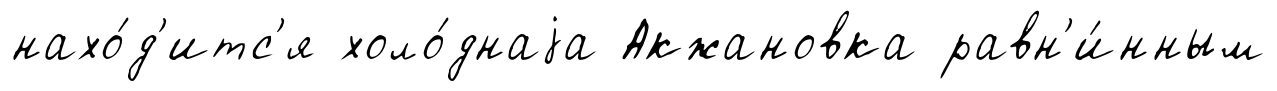
нахо́д'итс'я холо́днаjа Акжановка равн'и́нным